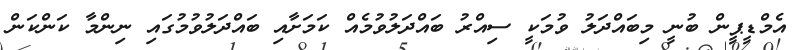
އެމްޑީޕީން ބުނީ މިބައްދަލު ވުމަކީ ސިއްރު ބައްދަލުވުމެއް ކަމަށާއި ބައްދަލުވުމުގައި ނިންމާ ކަންކަން